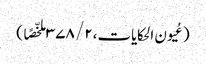
(عُیون الحکایات،۲/ ۳۷۸ ملخّصًا )